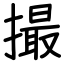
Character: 撮